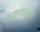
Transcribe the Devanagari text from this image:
चाचण्याद्वारे